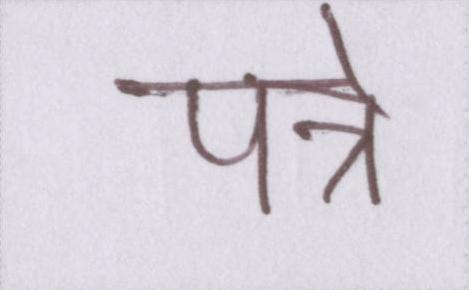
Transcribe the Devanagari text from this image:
पन्ने